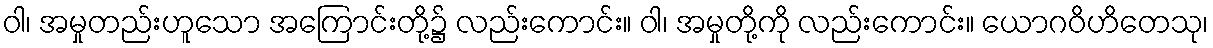
ဝါ၊ အမှုတည်းဟူသော အကြောင်းတို့၌ လည်းကောင်း။ ဝါ၊ အမှုတို့ကို လည်းကောင်း။ ယောဂဝိဟိတေသု၊